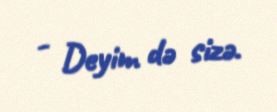
- Deyim də sizə.